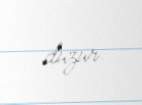
düzür.